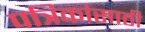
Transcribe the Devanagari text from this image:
पत्रिकांसाठी